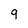
Character: 9